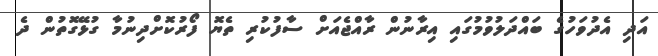
އަދި އެދުވަހުގެ ބައްދަލުވުމުގައި އިރާނުން ރާއްޖެއަށް ސާފުކުރި ތެޔޮ ފޯރުކޮށްދިނުމާ ގުޅޭގޮތުން ދެ